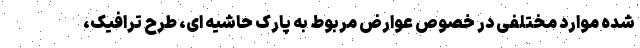
شده موارد مختلفی در خصوص عوارض مربوط به پارک حاشیه ای، طرح ترافیک،